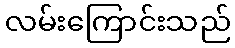
လမ်းကြောင်းသည်